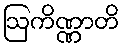
ဩကိဏ္ဏာတိ